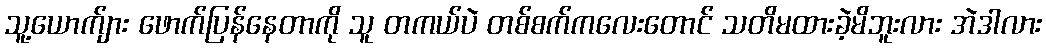
သူ့ယောက်ျား ဖောက်ပြန်နေတာကို သူ တကယ်ပဲ တစ်စက်ကလေးတောင် သတိမထားခဲ့မိဘူးလား အဲဒါလား